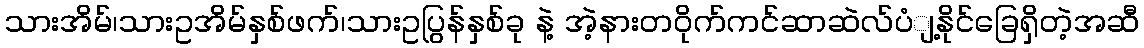
သားအိမ်၊သားဥအိမ်နှစ်ဖက်၊သားဥပြွန်နှစ်ခု နဲ့ အဲ့နားတဝိုက်ကင်ဆာဆဲလ်ပံျ့နိုင်ခြေရှိတဲ့အဆီ